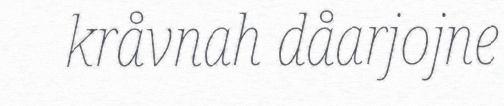
kråvnah dåarjojne